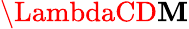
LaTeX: \LambdaCD\mathbf{M}